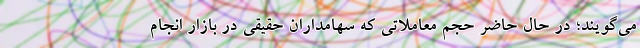
می‌گویند؛ در حال حاضر حجم معاملاتی که سهامداران حقیقی در بازار انجام